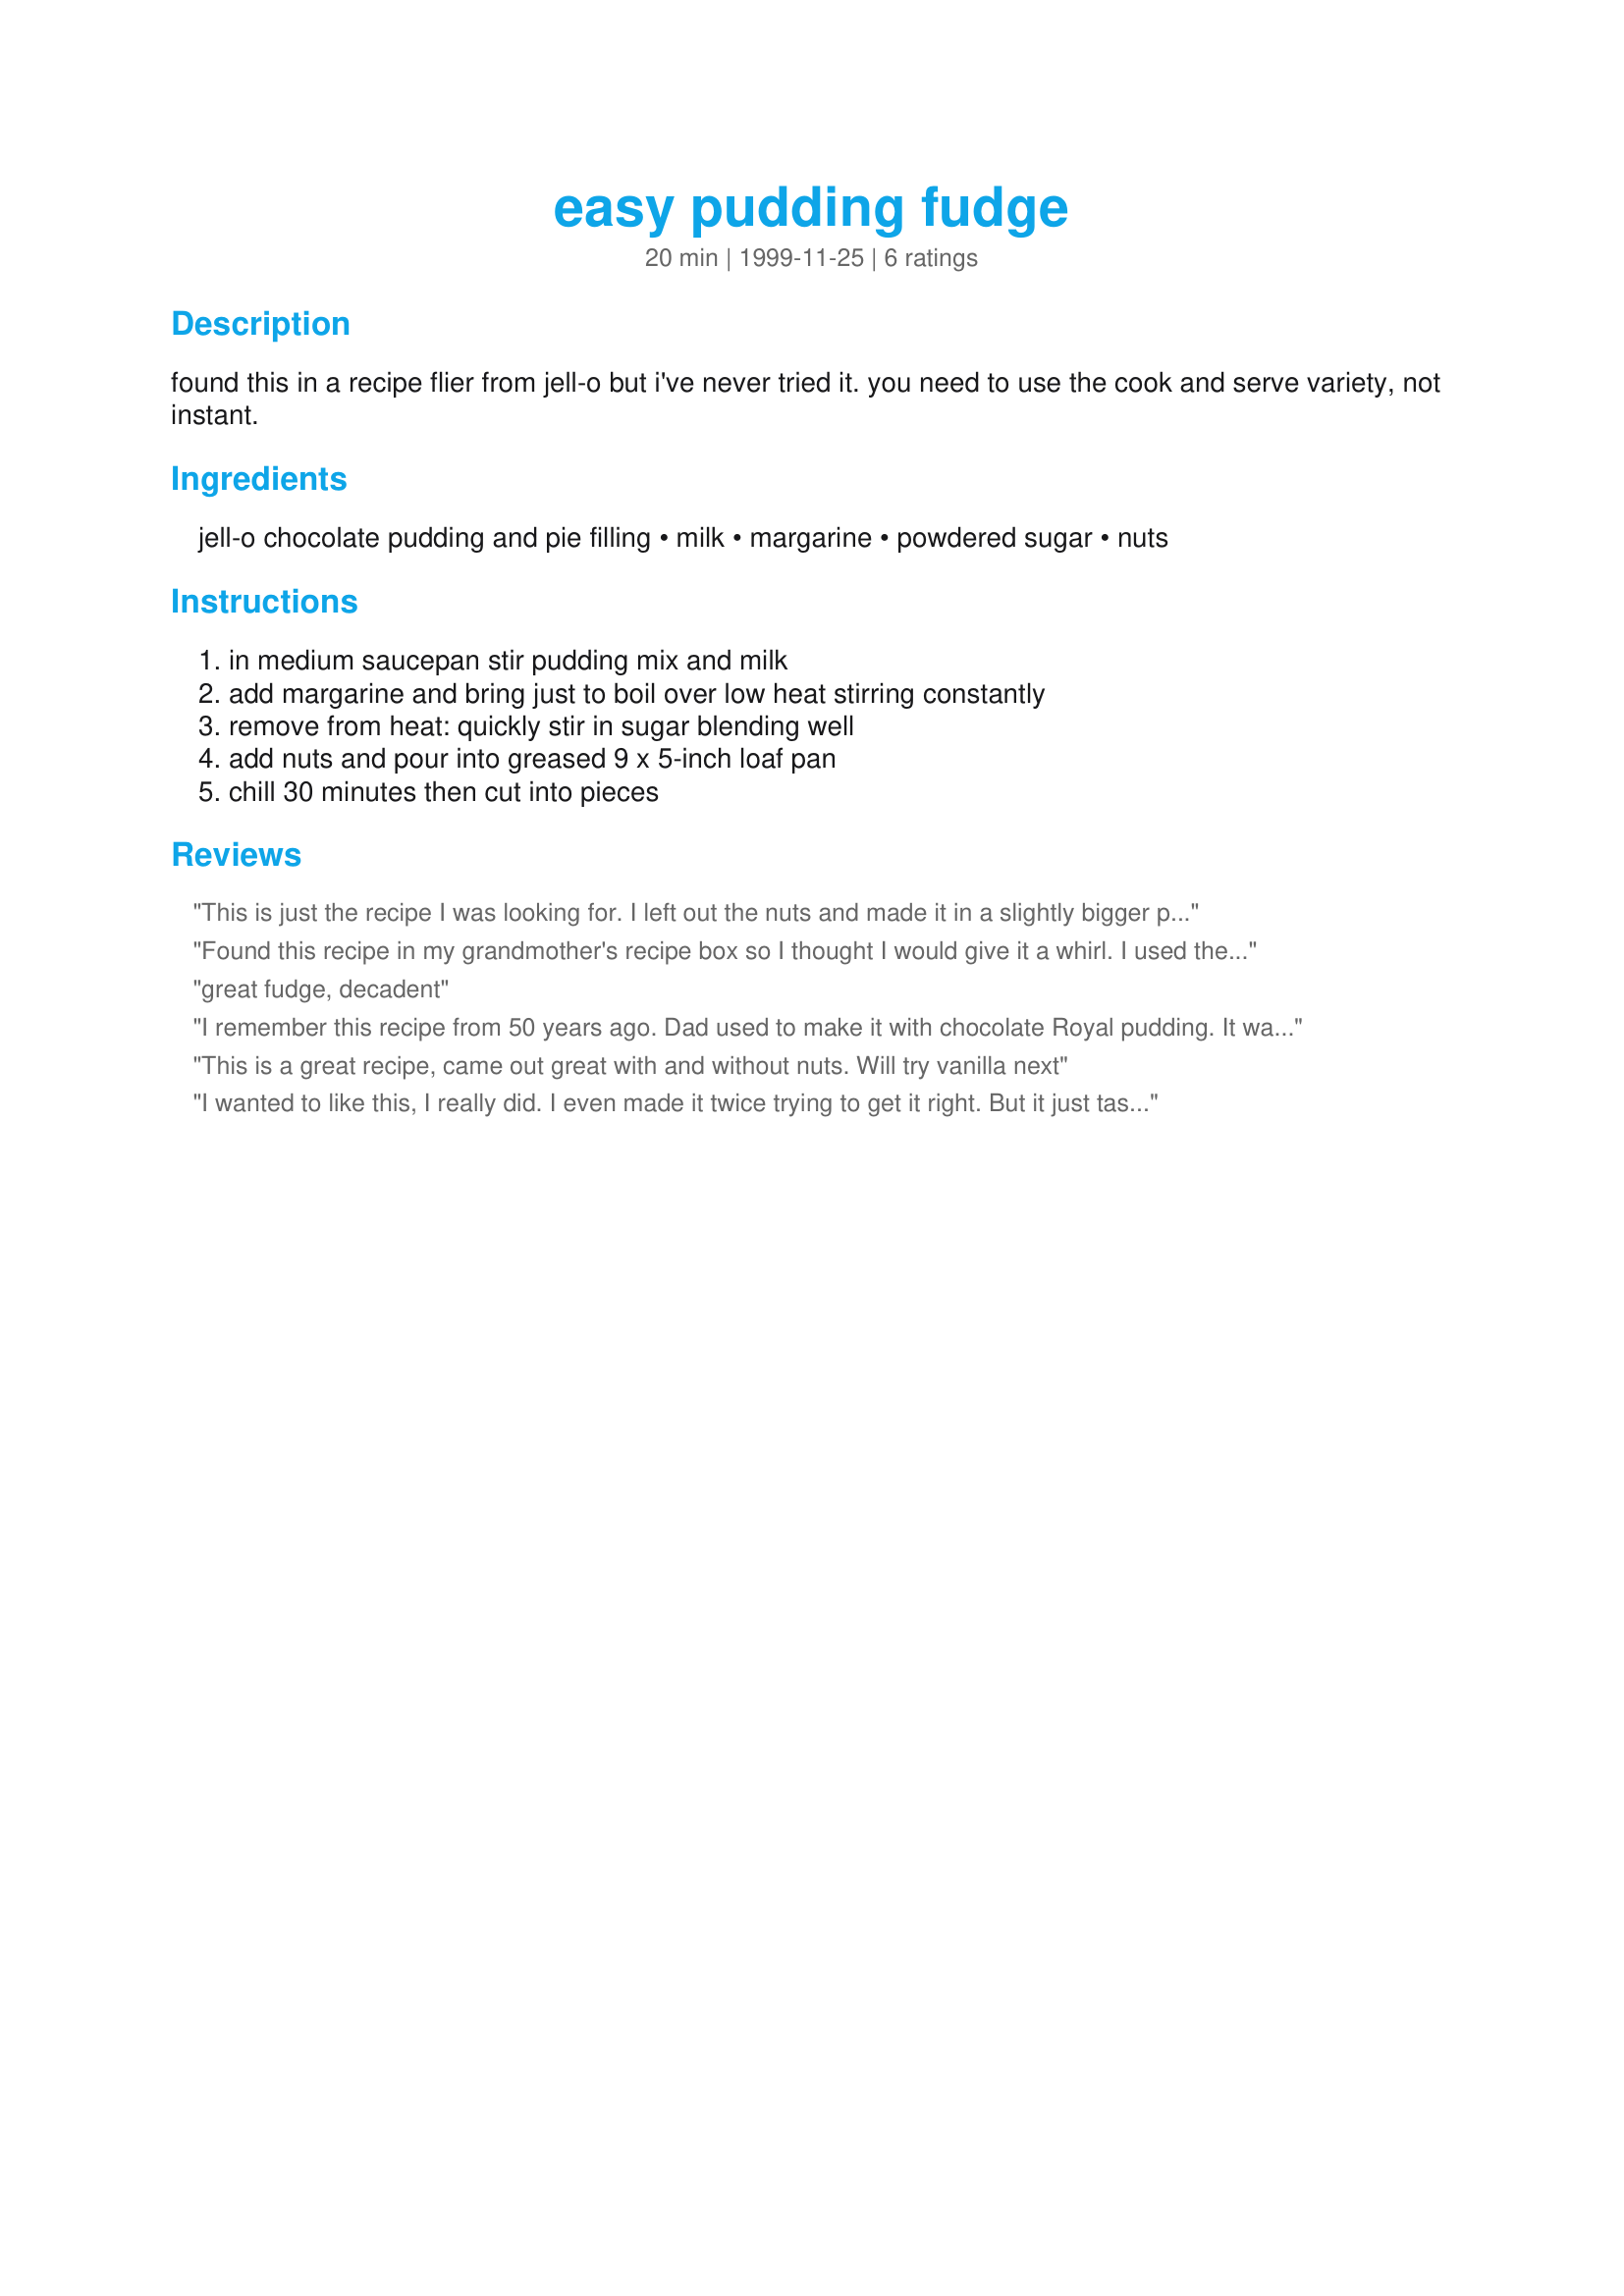
easy pudding fudge
Preparation time: 20 minutes

found this in a recipe flier from jell-o but i've never tried it. you need to use the cook and serve variety, not instant.

Ingredients:
jell-o chocolate pudding and pie filling, milk, margarine, powdered sugar, nuts

Steps:
in medium saucepan stir pudding mix and milk, add margarine and bring just to boil over low heat stirring constantly, remove from heat: quickly stir in sugar blending well, add nuts and pour into greased 9 x 5-inch loaf pan, chill 30 minutes then cut into pieces

Reviews:
This is just the recipe I was looking for. I left out the nuts and made it in a slightly bigger pan. It was delicious. Thanks for posting.
Found this recipe in my grandmother's recipe box so I thought I would give it a whirl. I used the instant pudding and I am wondering if that was the problem. It would only stay in a clump so I ended up throwing it out before I added the confectioners sugar. So disappointed.
great fudge, decadent
I remember this recipe from 50 years ago. Dad used to make it with chocolate Royal pudding. It was &amp; still is the BEST! As I'm nuts about nuts I doubled the amount using local Oklahoma pecans.
This is a great recipe, came out great with and without nuts. Will try vanilla next
I wanted to like this, I really did. I even made it twice trying to get it right. But it just tasted like pudding mix to me. It looked pretty but the texture was way off.
